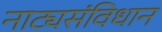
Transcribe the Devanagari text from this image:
नाट्यसंविधान